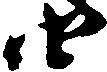
由